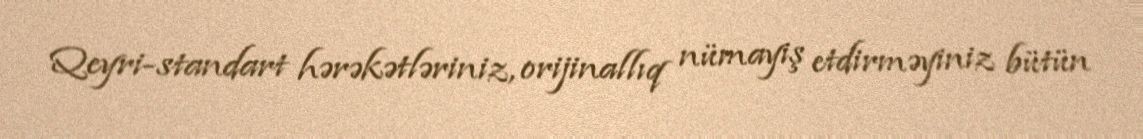
Qeyri-standart hərəkətləriniz, orijinallıq nümayiş etdirməyiniz bütün